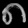
Digit: ၈